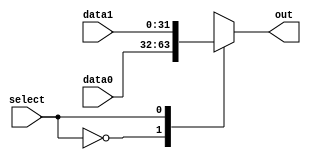
module mux2 (data0,data1,select,out);
  input wire [31:0] data0, data1; 
  input wire select; 
  output reg [31:0] out;
  always @(data0, data1, select) begin
    case (select) 
      0: out <= data0;
      1: out <= data1;
    endcase
  end

endmodule